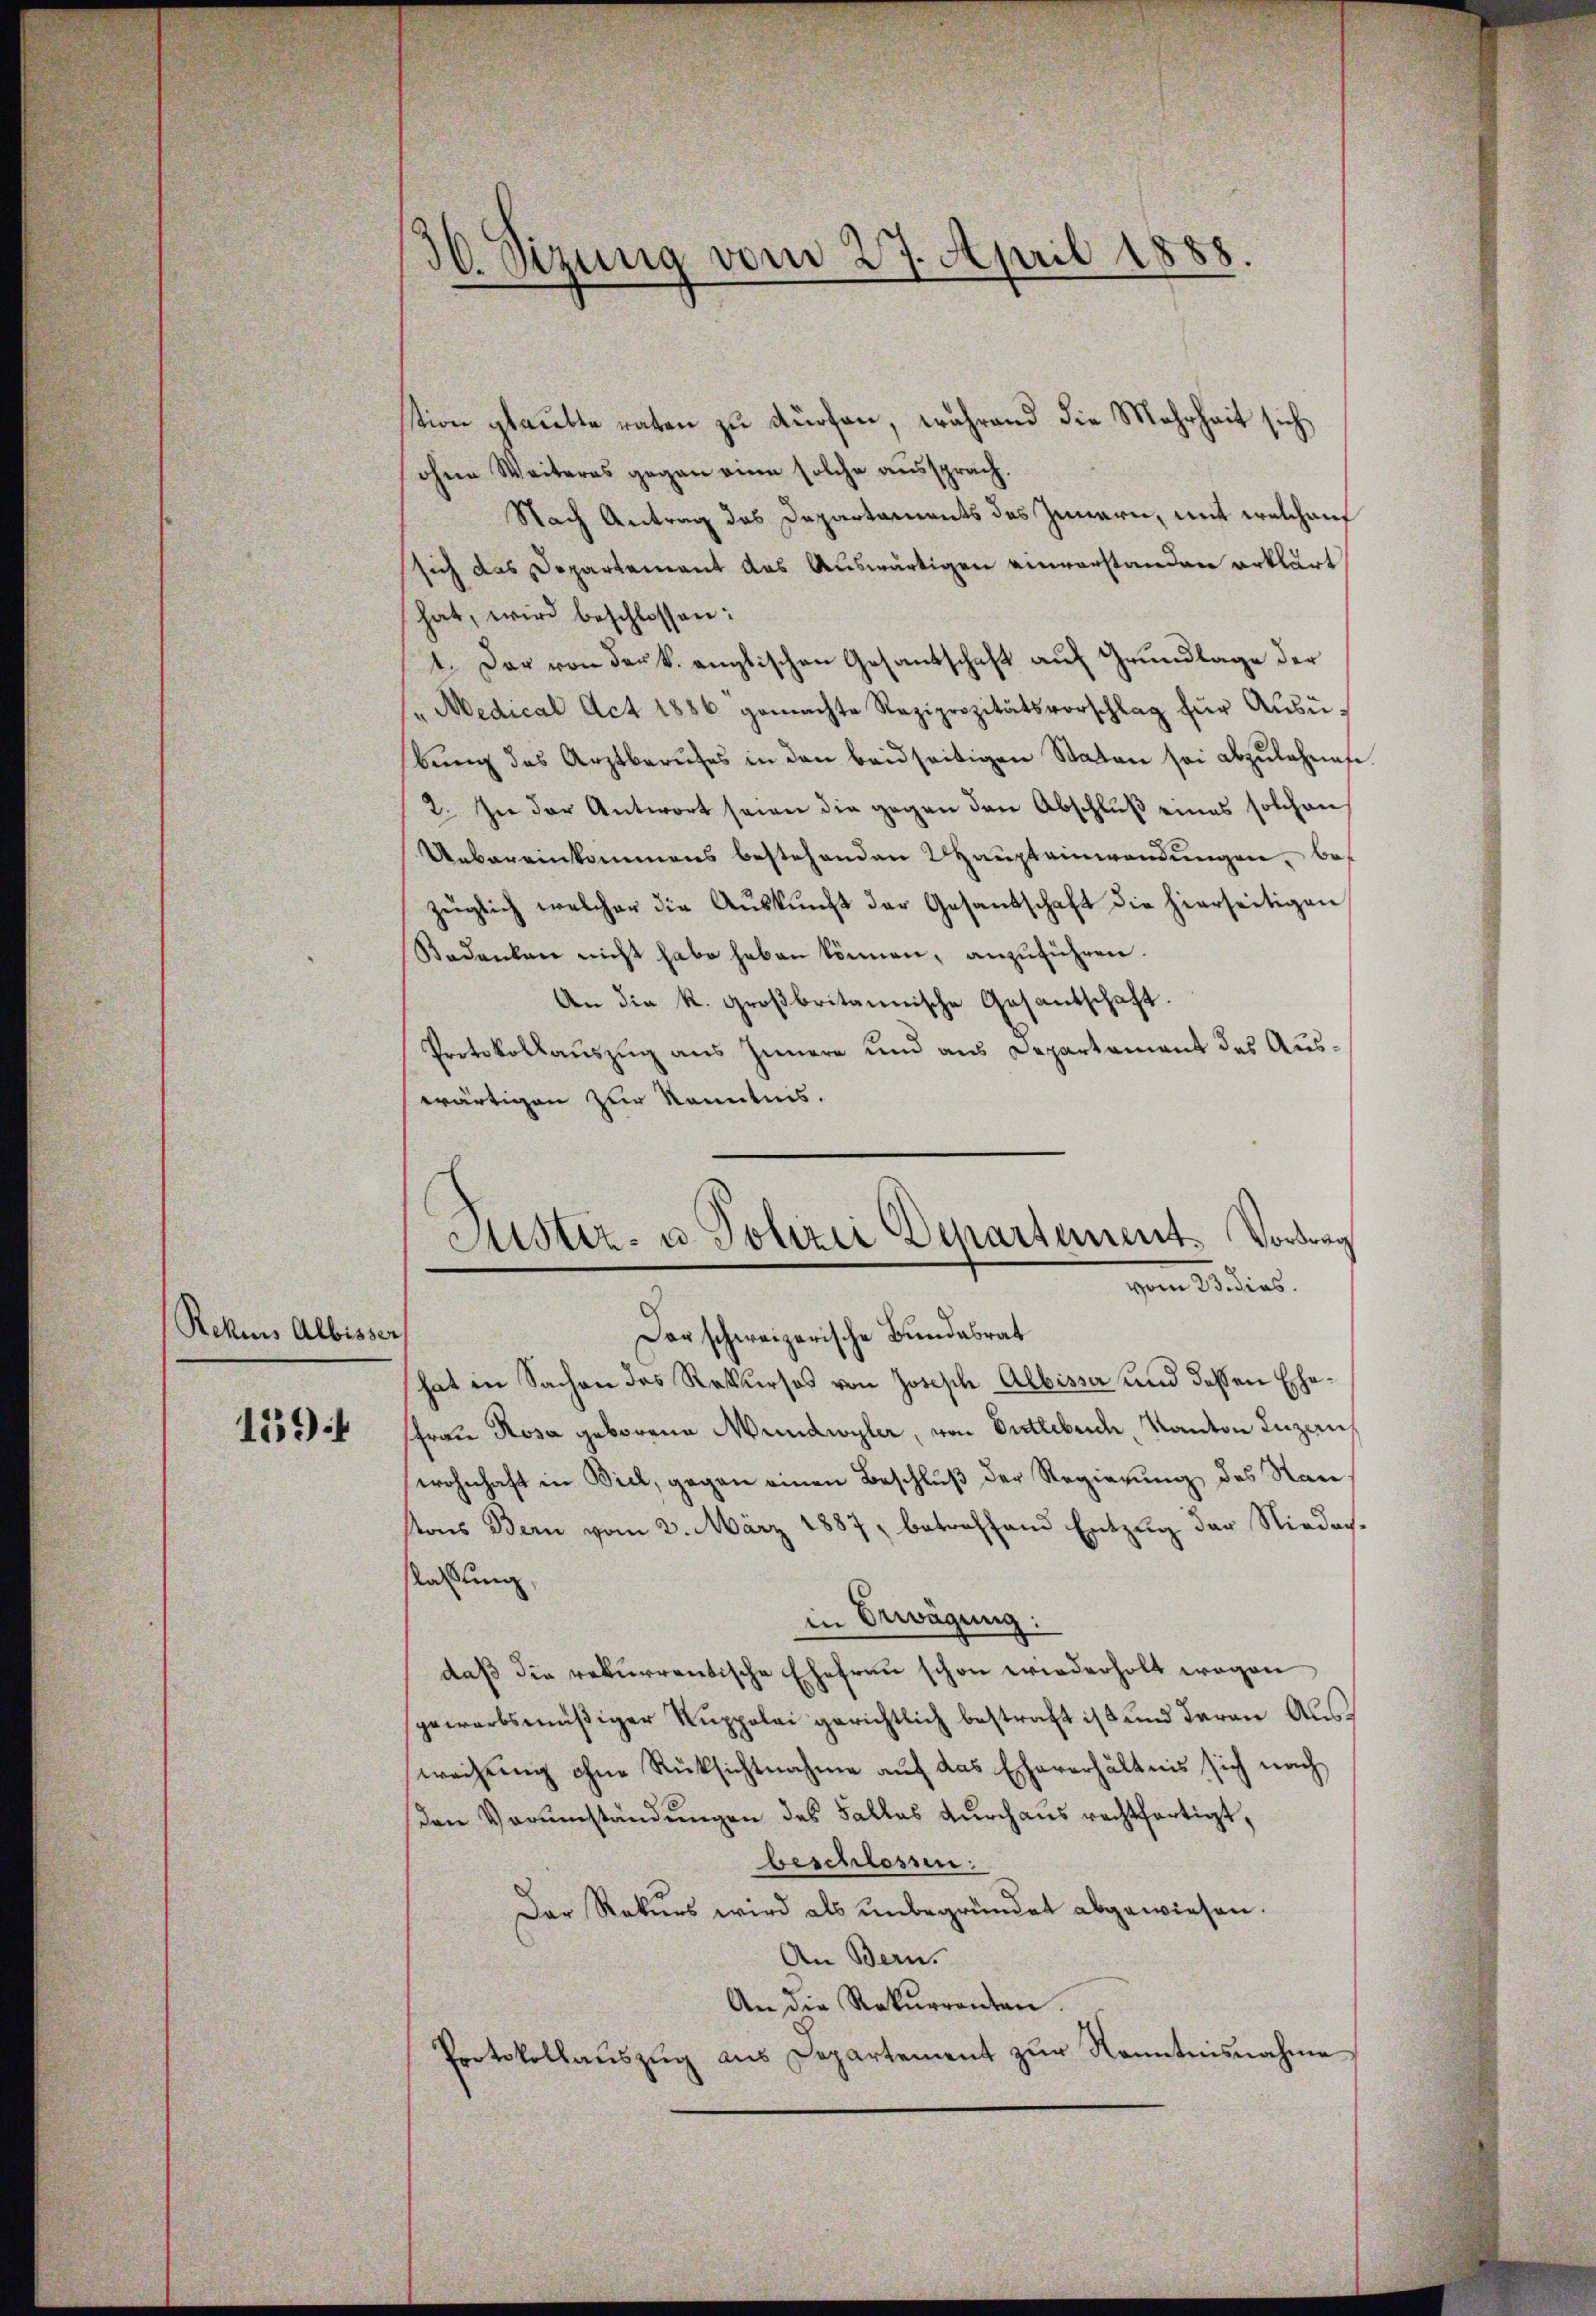
Rekurs Albisser

1594

36. Sizung vom 27. April 1888.

Justiz- u. Polizei Departement. Vortrag
vom 23. dies

tion glaubte raten zu dürfen, während die Mehrheit sich
ohne Weiteres gegen eine solche aussprach.
Nach Antrag des Departaments des Innern, mit welchen
sich das Departement das Auswärtigen einerstanden erklärt
hat, wird beschlossen:
1. Der von der k. englischen Gesantschaft auf Grundlage der
"Medical Act 1886 gemachte Reziprozitätsvorschlag für Aŭsü-
bŭng des Arztberufes in den beidseitigen Staten sei abzulehnet
2. In der Antwort seien die gegen den Abschluß eines solchen
Uebereinkommens bestehenden Haupteinwendungen, bezüglich welcher die Aŭskŭnft der Gesandschaft die hierseitigen
Rodenken nicht habe haben können, anzuführen.
An die k. großbritannische Gesantschaft.
Protokollauszug aus Innern und aus Departement des Auswärtigen zur Kenntnis.
Der schweizerische Bundesrat
hat in Sachen des Rekurses von Joseph Albisser und deßen Ehe¬
Frau Rosa geborene Mundwyler, von Entlebuch Kanton Luzern
wohnhaft in Biel, gegen einen Beschluß der Regierung des Ran
stons Bern vom 2. März 1887, betreffend Entzug der Niedachslaßung,
in Erwägung:
daß die rekurrentische Ehefrau schon wiederholt wegen
sgewarbsmäßiger Ruppolai gerichtlich bestraft ist und daran Ausweihung ohne Rüksichtnahme auf das Eheverhältnis sich nach
sen Vorumständungen des Falles durchaus rechtfertigt,
beschlossen:
Der Rekurs wird als unbegründet abgewiesen.
An Bern.
An die Rekurrenten.
Protokollaŭszŭg aŭs Departement zŭr Kenntnisnahme